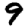
Digit: 9